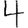
Digit: 4